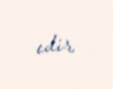
edir.